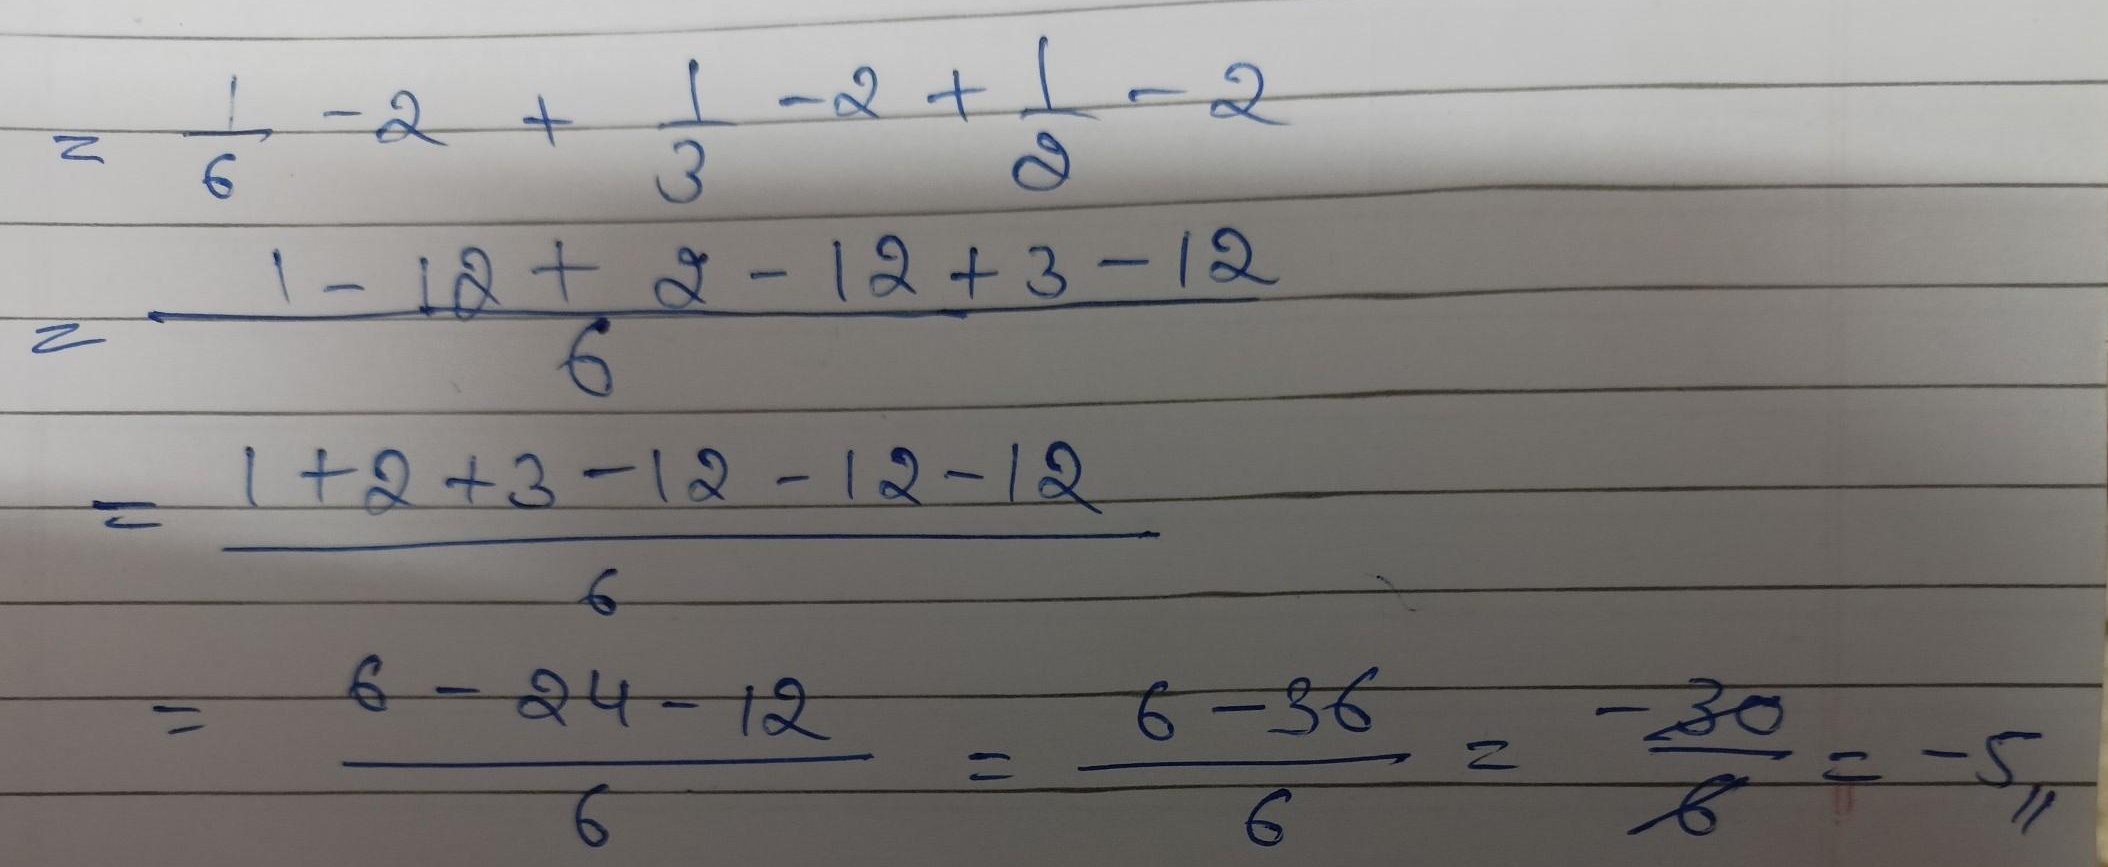
\begin{align*}
&=\frac{1}{6}- 2+\frac{1}{3}-2+\frac{1}{2}-2\\
&=\frac{1 - 12+2 - 12 + 3-12}{6}\\
&=\frac{1 + 2+3-12-12 - 12}{6}\\
&=\frac{6-24 - 12}{6}=\frac{6-36}{6}=\frac{-30}{6}=-5
\end{align*}